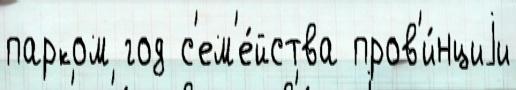
парком год с'ем'е́йства пров'и́нциjи